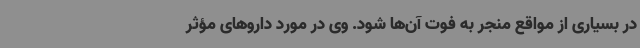
در بسیاری از مواقع منجر به فوت آن‌ها شود. وی در مورد داروهای مؤثر